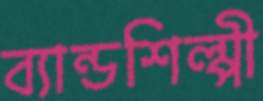
ব্যান্ডশিল্পী